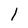
Character: l